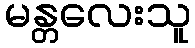
မန္တလေးသူ